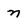
Character: n